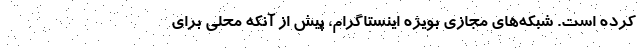
کرده است. شبکه‌های مجازی بویژه اینستاگرام، پیش از آنکه محلی برای